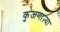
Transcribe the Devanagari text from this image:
कुजणाऱ्या